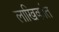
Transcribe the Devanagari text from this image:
लाखिकांत